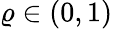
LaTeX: \varrho\in(0,1)